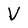
Character: V